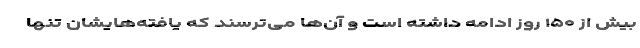
بیش از ۱۵۰ روز ادامه داشته است و آن‌ها می‌ترسند که یافته‌هایشان تنها